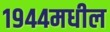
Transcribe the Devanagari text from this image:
१९४४मधील